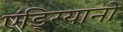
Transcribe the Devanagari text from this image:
एंड्रियानो